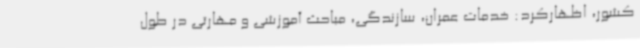
کشور، اظهارکرد: خدمات عمران، سازندگی، مباحث آموزشی و مهارتی در طول